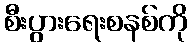
စီးပွားရေးစနစ်ကို